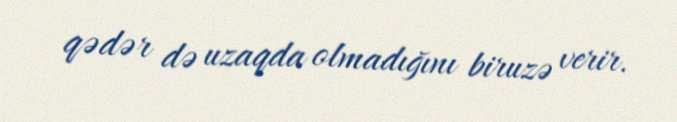
qədər də uzaqda olmadığını biruzə verir.